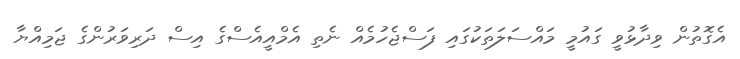
އެގޮތުން ވިދާޅުވީ ގައުމީ މައްސަލަތަކުގައި ފަސްޖެހުމެއް ނެތި އެމްއީއެސްގެ އިސް ދަރިވަރުންގެ ޖަމިއްޔާ